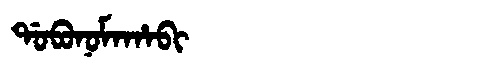
Manchu: ᡩᠣᠪᠣᠨᠣᠮᠠᡥᠠᠪᡳ
Romanization: DOBONOMAHABI